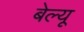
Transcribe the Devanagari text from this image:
बेल्यू